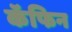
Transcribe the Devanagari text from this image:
कॅफिन